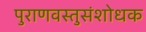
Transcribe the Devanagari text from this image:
पुराणवस्तुसंशोधक